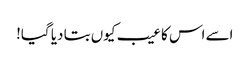
اسے اس کا عیب کیوں بتا دیا گیا!